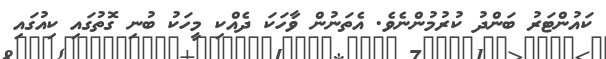
ކައުންޓަރު ބަންދު ކުރުމުންނެވެ. އެތަނުން ވާހަކަ ދެއްކި މީހަކު ބުނި ގޮތުގައި ކިއުގައި